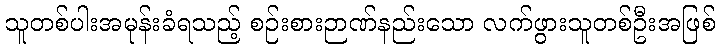
သူတစ်ပါးအမုန်းခံရသည့် စဉ်းစားဉာဏ်နည်းသော လက်ဖွားသူတစ်ဦးအဖြစ်